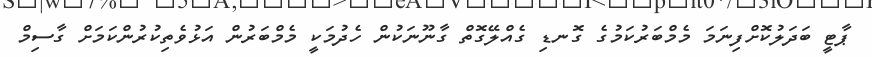
ޕާޓީ ބަދަލުކޮށްފިނަމަ މެމްބަރުކަމުގެ ގޮނޑި ގެއްލޭގޮތް ގާނޫނަކުން ހެދުމަކީ މެމްބަރުން އަޅުވެތިކުރުންކަމަށް ގާސިމް